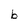
Character: b